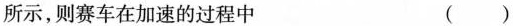
所示，则赛车在加速的过程中 ( )